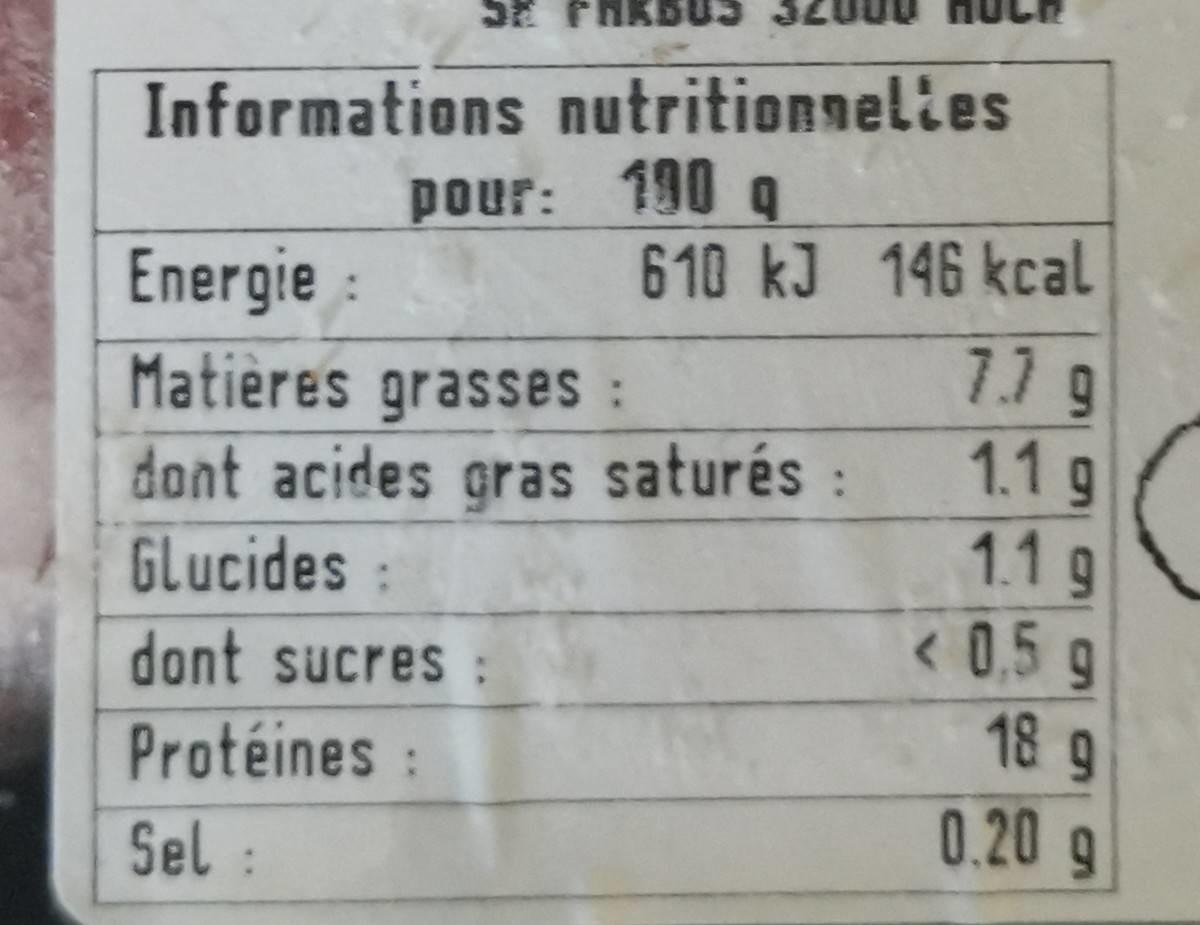
SE PHKE503
Informations nutritionnelies pour: 190 g
610 kJ 146 kcal
Energie :
7.7g 1.1g 1.1g <0,5 g 18 g 0.20 g
Matières grasses:
dont acides gras saturés : GLucides
dont sucres:
Protéines
Sel: